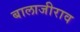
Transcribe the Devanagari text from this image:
बालाजीराव